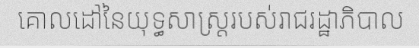
គោលដៅនៃយុទ្ធសាស្ត្ររបស់រាជរដ្ឋាភិបាល